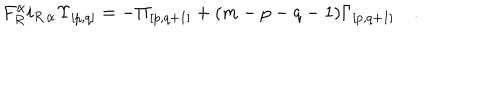
LaTeX: F _ { R } ^ { \alpha } i _ { R \, \alpha } { \Upsilon } _ { { [ p , q ] } } = - { \Pi } _ { [ p , q + 1 ] } + ( m - p - q - 1 ) { \Gamma } _ { { [ p , q + 1 ] } } \quad .